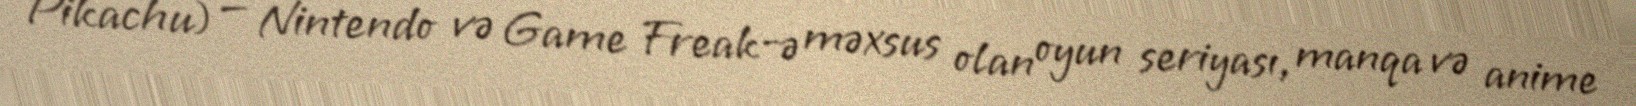
Pikachu) — Nintendo və Game Freak-ə məxsus olan oyun seriyası, manqa və anime